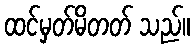
ထင်မှတ်မိတတ် သည်။